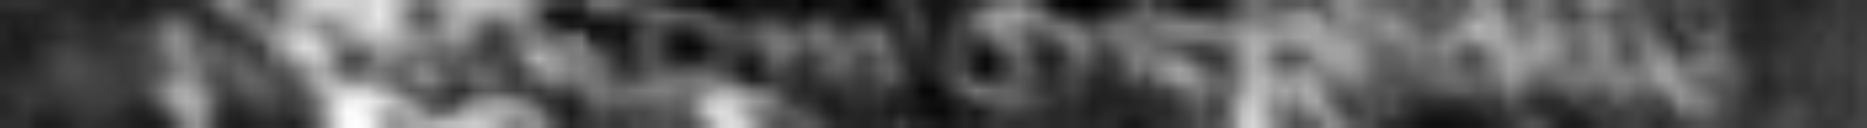
predictarum in Suthhall